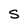
Character: S